Sanitation, dispensaries and jails vaccination Rajputana 1922-1927 - 1922-1927
Year: 1922
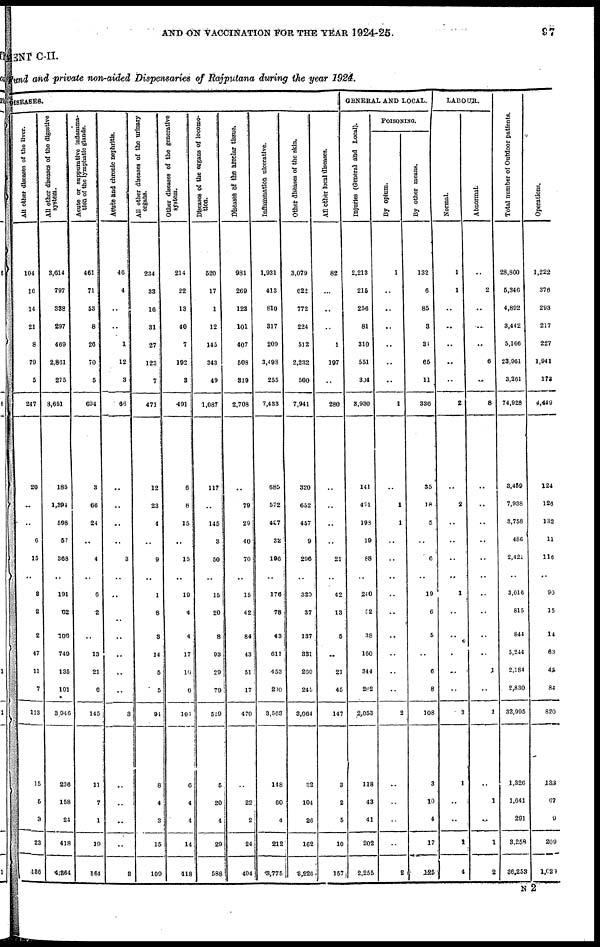
AND ON VACCINATION FOR THE YEAR 1924-25.
97
MENT C-II.
Fund and private non-aided Dispensaries of Rajputana during the year 1924.
DISEASES.
All other diseases of the liver.
104
16
14
21
8
79
5
247
20
..
..
6
15
..
8
2
2
47
11
7
113
15
5
3
23
186
All other diseases of the digestive
System.
3,614
797
338
297
469
2,861
275
3,651
185
1,394
598
57
368
..
191
62
106
749
135
101
3,946
236
158
24
418
4,864
Acute or suppurative inflamma-
tion of the lymphatic glands.
461
71
53
8
26
70
5
694
3
66
24
..
4
..
6
2
..
13
21
6
145
11
7
1
19
164
Acute and chronic nephritis.
46
4
..
..
1
12
3
66
..
..
..
..
3
..
..
..
..
..
..
..
3
..
..
..
..
3
All other diseases of the urinary
Organs.
234
33
16
31
27
123
7
471
12
23
4
..
9
..
1
8
3
14
5
5
91
8
4
3
15
109
Other diseases of the generative
system.
214
22
13
40
7
192
3
491
6
8
15
..
15
..
19
4
4
17
16
6
101
6
4
4
14
118
Diseases of the organs of locomo-
tion.
520
17
1
12
145
343
49
1,087
117
..
145
3
50
..
15
20
8
93
29
79
559
5
20
4
29
588
Diseases of the areolar tissue.
981
269
123
101
407
508
319
2,708
..
79
29
40
70
..
15
42
84
43
51
17
470
..
22
2
24
494
Inflammation ulcerative.
1,931
413
810
317
209
3,498
255
7,433
685
572
427
32
196
..
176
78
43
611
453
200
3,563
148
60
4
212
3,775
Other diseases of the skin.
3,079
622
772
224
512
2,232
500
7,941
320
652
457
9
296
..
320
37
137
331
260
245
3,064
32
104
26
162
3,226
All other local diseases.
82
..
..
..
1
197
..
280
..
..
..
..
21
..
42
13
5
..
21
45
147
3
2
5
10
157
GENERAL AND LOCAL.
injuries (General find Local).
2,213
215
256
81
310
551
304
3,930
141
491
198
19
88
..
240
52
38
160
344
282
2,053
118
43
41
202
2,255
POISONINNG
By opium.
1
..
..
..
..
..
..
1
..
1
1
..
..
..
..
..
..
..
..
..
2
..
..
..
..
2
By other means.
132
6
85
3
31
65
11
336
35
18
5
..
6
..
19
6
5
..
6
8
108
3
10
4
17
125
LABOUR.
Normal.
1
1
..
..
..
..
..
2
..
2
..
..
..
..
1
..
..
..
..
..
3
1
..
..
1
4
Abnormal.
..
2
..
..
..
6
..
8
..
..
..
..
..
..
..
..
..
..
1
..
1
..
1
..
1
2
Total number of Outdoor patients.
28,860
5,346
4,892
3,442
5,166
23,961
3,261
74,928
3,459
7,938
3,758
486
2,421
..
3,016
815
844
5,244
2,184
2,830
32,995
1,326
1,641
291
3,258
36,253
Operations.
1,222
376
293
217
227
1,941
172
4,449
124
126
132
11
116
..
90
15
14
63
45
84
820
133
67
9
209
1,020
N 2